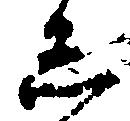
し